Annual report of the Civil Veterinary Department, Bengal, for the year 1895-96 - 1895-1896
Year: 1895
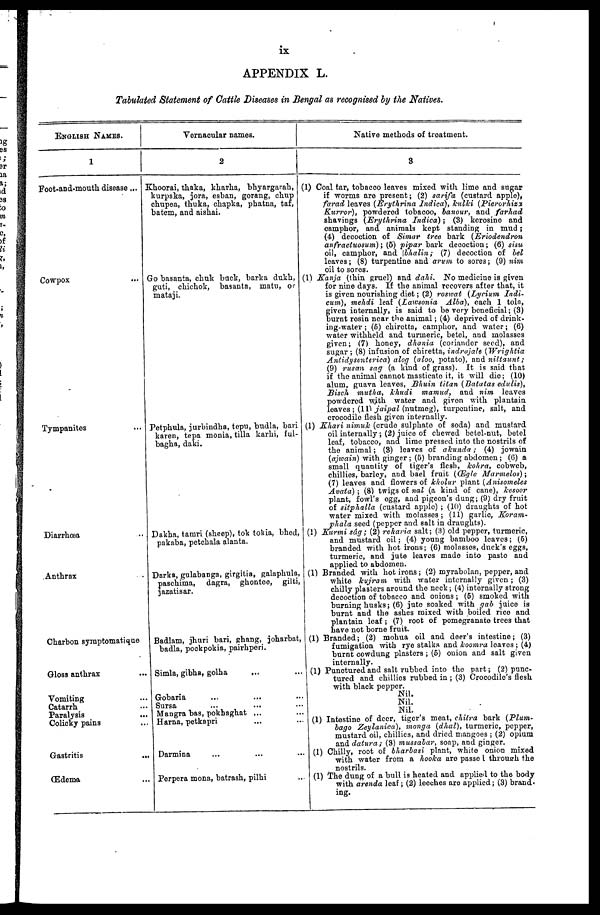
ix
APPENDIX L.
Tabulated Statement of Cattle Diseases in Bengal as recognised by the Natives.
ENGLISH NAMES.
1
Foot-and-mouth disease ...
Cowpox ...
Tympanites ...
Diarrhœa ...
Anthrax
Charbon symptomatique ...
Gloss anthrax ...
Vomiting ...
Catarrh ...
Paralysis ...
Colicky pains ...
Gastritis
...
Œdema ...
Vornacular names.
2
Khoorai, thaka, kharha, bhyargarah,
kurpaka, jora, esban, gorang, chup
chupea, thuka, chapka, phatnn, taf,
batem, and aishai.
Go basanta, chuk back, barka dukh,
guti, chichok, basanta, matu, or
mataji.
Petphula, jurbindha, tepu, budla, bari
kaven, tepa monia, tilla karhi, ful-
bagha, daki.
Dakha, tamri (sheep), tok tokia, bhed,
pakaba, petchala alanta.
Darks, gulabanga, girgitia, galaphula,
paschima,
dagra, ghontee, gilti,
jazatisar.
Badlam, jhuri bari, ghang, joharbat,
badla, pockpokia, pairhperi.
Simla, gibha, golha ... ...
Gobaria ... ... ...
Sursa ... ... ...
Mangra bas, pokhaghat ...
Harna, petkapri ... ...
Darmina ... ... ...
Perpera mona, batrash, pilbi ...
Native methods of treatment.
3
(1) Coal tar, tobacco leaves mixed with lime and sugar
if worms are present; (2) sarifa (custard apple),
farad leaves (Erythrina Indica), kulki
(Pierorhizz
Kurror),
powdered tobacoo, banour, and
farhad
shavings (Erythrina
Indica);
(3) kerosine and
camphor, and animals kept standing in mud;
(4) decoction of Simar tree bark
(Eriodendron
anfractuosum);
(5) pipar bark decoction; (6) sisu
oil, camphor, and bhalin;
(7) decoction of bel
leaves; (8) turpentine and arum to sores; (9) nim
oil to sores.
(1) Kanja (thin gruel) and dahi.
No medicine is given
for nine days. If the animal recovers after that, it
is given nourishing diet; (2) roswat (Lycium
Indi-
cum), mehdi leaf (Lawsonia
Alba), each 1 tola,
given internally, is said to bo very beneficial; (3)
burnt resin near the animal; (4) deprived of drink-
ing-water; (5) chiretta, camphor, and water; (6)
water withheld and turmeric, betel, and molasses
given; (7) honey, dhania (coriander seed), and
sugar; (8) infusion of chiretta, indrajale
(Wrightia
Antidysenterica) alog (aloo, potato), and
niltaunt;
(0) rusan sag (a kind of grass). It is said that
if the animal cannot masticate it, it will die; (10)
alum, guava leaves, Bhuin titan (Batatas
cdulis),
Bisch
mutha, khudi
mamud,
and nim
leaves
powdered with water and given with plantain
leaves; (11) jaipal (nutmeg), turpentine, salt, and
crocodile flesh given internally.
(1) Khari nimuk (crude sulphate of soda) and mustard
oil internally; (2) juice of chewed betel-nut, betel
leaf, tobacco, and lime pressed into the nostrils of
the animal; (3) leaves of akunda;
(4) jowain
(ajwain) with ginger; (5) branding abdomen; (6) a
small quantity of tiger's flesh, kohra, cobweb,
chillies, barley, and bael fruit (Œgle Marmelos);
(7) leaves and flowers of kholur plant (Anisomeles
Avata);
(8) twigs of nal (a kind of cane), kesoer
plant, fowl's ogg, and pigeon's dung; (9) dry fruit
of sitphalla
(custard apple); (10) draughts of hot
water mixed with molasses; (11) garlic, Koram-
phala seed (pepper and salt in draughts).
(1) Kurmi sâg; (2) reharia salt; (3) old pepper, turmeric,
and mustard oil: (4) young bamboo leaves; (6)
branded with hot irons; (6) molasses, duck's eggs,
turmeric, and jute leaves made into paste and
applied to abdomen.
(1) Branded with hot irons; (2) myrabolan, pepper, and
white kujram
with water internally given; (3)
chilly plasters around the neck; (4) internally strong
decoction of tobacco and onions; (6) smoked with
burning husks; (6) jute soaked with gab juice is
J
burnt and the ashes mixed with boiled rice and
plantain leaf; (7) root of pomegranate trees that
have not borne fruit.
(1) Branded; (2) mohua oil and deer's intestine; (3)
fumigation with rye stalks and koomra leaves; (4)
burnt cowdung plasters; (6) onion and salt given
internally.
(1) Punctured and salt rubbed into the part; (2) punc-
tured and chillies rubbed in; (3) Crocodile's flesh
with black pepper.
Nil.
Nil.
Nil.
(1) Intestine of deer, tiger's meat, chitra bark
(Plum-
bago Zeylanica),
monga (dhul), turmeric, pepper,
mustard oil, chillies, and dried mangoes; (2) opium
and datura; (3) mussabar, soap, and ginger.
(1)
Chilly, root of bharbasi plant, white onion mixed
with water from a hooka are passe 1 through the
nostrils.
(1) The dung of a bull is heated and applied to the body
with arenda leaf; (2) leeches are applied; (3) brand-
ing.